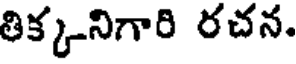
తిక్కనిగారి రచన.